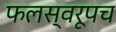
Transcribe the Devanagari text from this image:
फलस्वरूपच